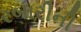
રબારીની